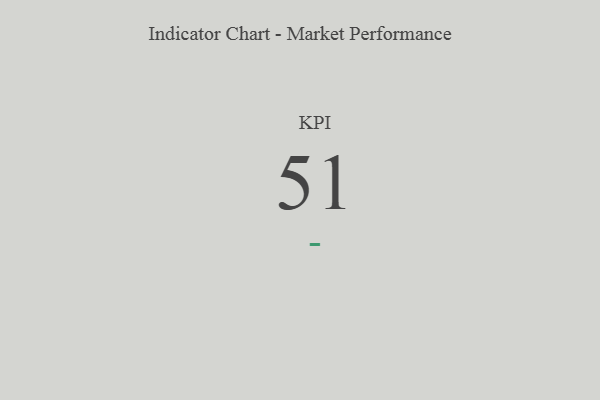
{"axis": {"x": "KPI", "y": "Value"}, "legend": [""], "data": [{"x": "KPI", "y": 51, "type": ""}]}